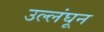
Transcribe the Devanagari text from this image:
उल्लंघून